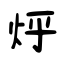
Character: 烀